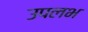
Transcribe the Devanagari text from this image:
उपलभ